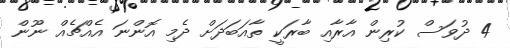
4 ދުވަަސް ކުރިން އާރާއި ބާރަކީ ތާއަަބަދަށް ދެމި އޮންނަ އެއްޗެއް ނޫން